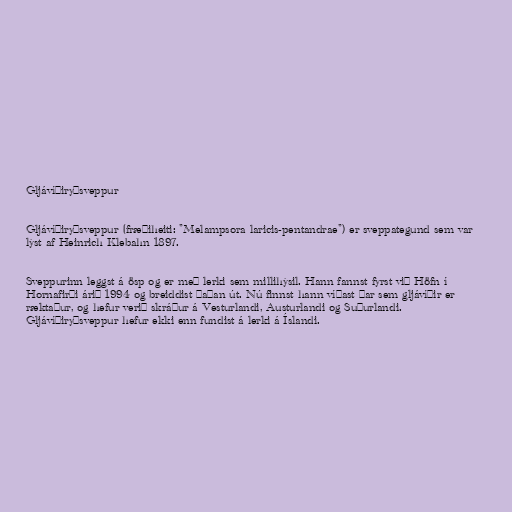
Gljávíðiryðsveppur

Gljávíðiryðsveppur (fræðiheiti: "Melampsora laricis-pentandrae") er sveppategund sem var
lýst af Heinrich Klebahn 1897.

Sveppurinn leggst á ösp og er með lerki sem millihýsil. Hann fannst fyrst við Höfn í
Hornafirði árið 1994 og breiddist þaðan út. Nú finnst hann víðast þar sem gljávíðir er
ræktaður, og hefur verið skráður á Vesturlandi, Austurlandi og Suðurlandi.
Gljávíðiryðsveppur hefur ekki enn fundist á lerki á Íslandi.